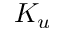
K _ { u }